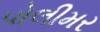
પોલીમર